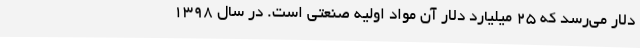
دلار می‌رسد که ۲۵ میلیارد دلار آن مواد اولیه صنعتی است. در سال ۱۳۹۸